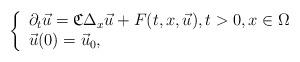
LaTeX: \begin{align*}\left\{\begin{array}{l} \partial_t \vec{u} = \mathfrak{C} \Delta_x \vec{u}+ F(t,x,\vec{u}), t >0, x \in \Omega\\\vec{u}(0)= \vec{u}_0,\end{array}\right. \end{align*}